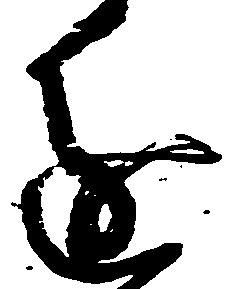
進